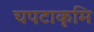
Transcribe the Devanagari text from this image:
चपटाकृमि